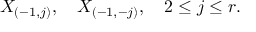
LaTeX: X _ { ( - 1 , j ) } , \quad X _ { ( - 1 , - j ) } , \quad 2 \leq j \leq r .